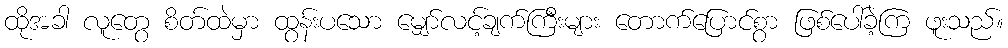
ထိုအခါ လူတွေ စိတ်ထဲမှာ ထွန်းပသော မျှော်လင့်ချက်ကြီးများ တောက်ပြောင်စွာ ဖြစ်ပေါ်ခဲ့ကြ ဖူးသည်။